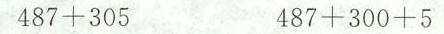
$$4 8 7 + 3 0 5$$ $$4 8 7 + 3 0 0 + 5$$